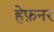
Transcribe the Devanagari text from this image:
हेफ़नर